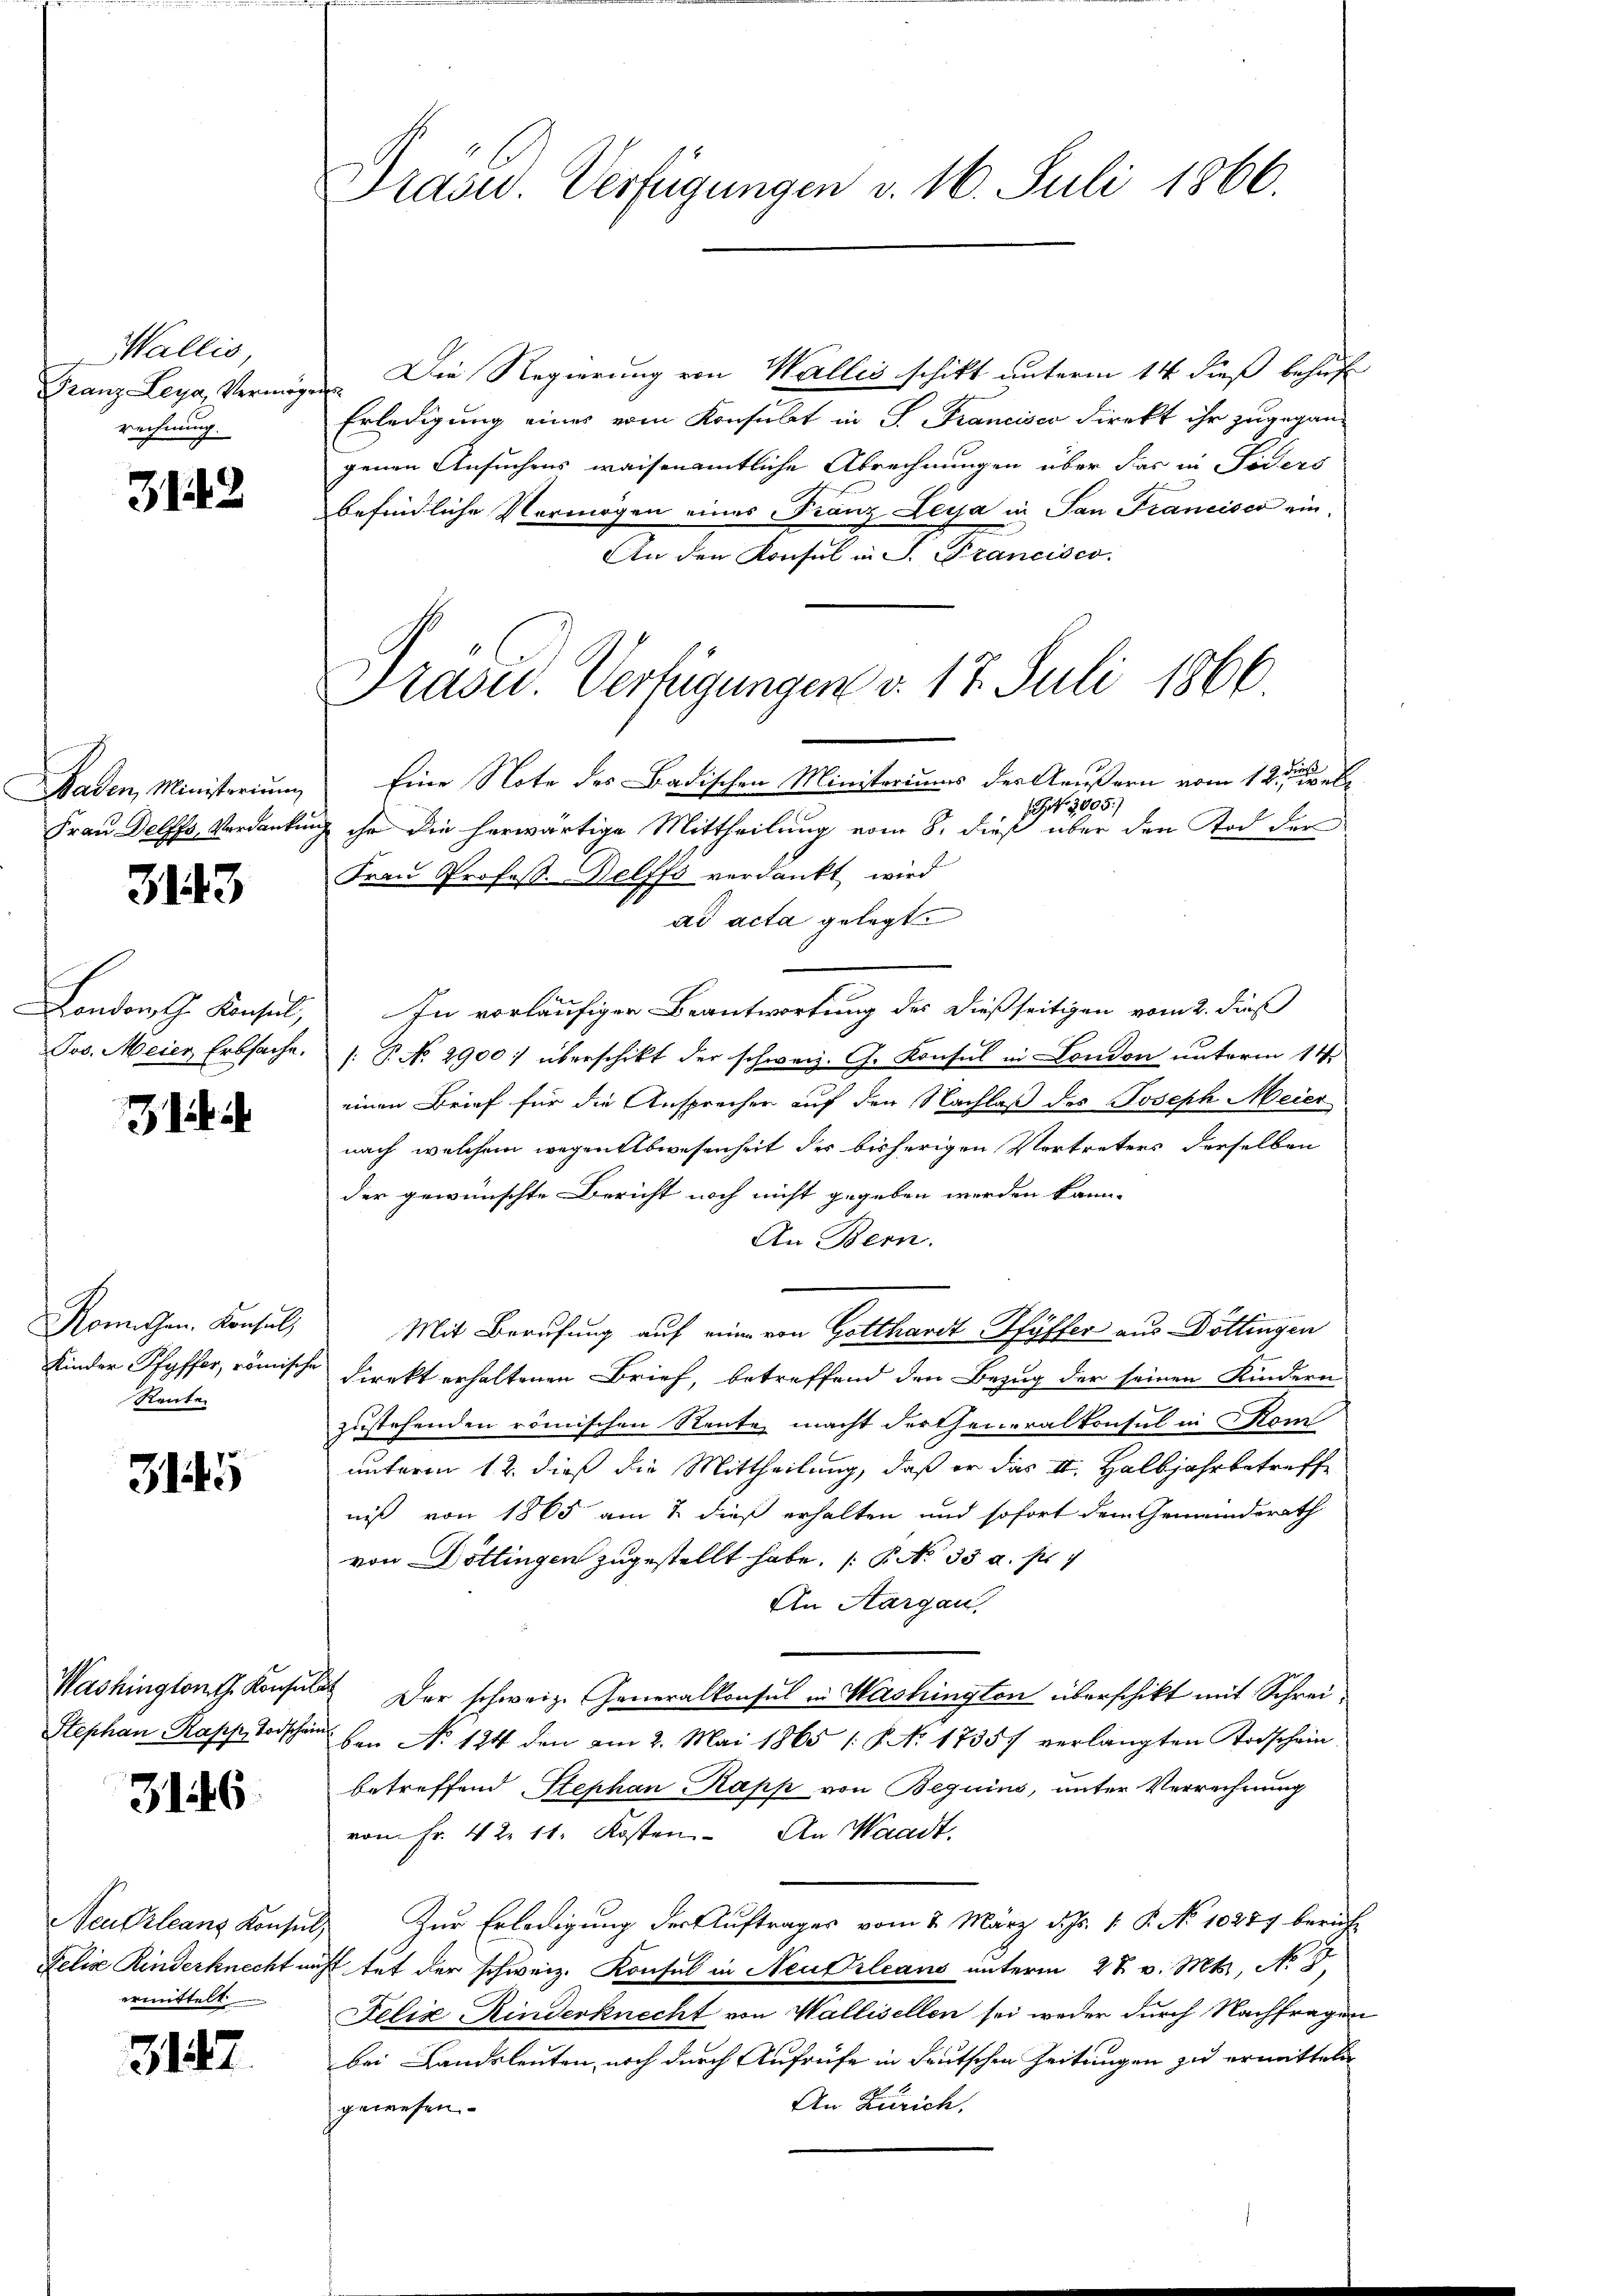
Wallis,
Franz Leya, Vermög
rechnung.

312

Baden, Ministerium
Frau Delffs, Verdanken

3143

London, G. Konsul,
Jos. Meier Erbsache.

Romischen. Konsul,
Kinder Pfyffer, römische
Rente

3145

3146.

Neu Orleans Konsul,
Felix Kinderknecht un
ermittelt

3147.

Präsid. Verfügungen v. 16. Juli 1866.

Präsid. Verfügungen a. 17. Juli 1866.

Die Regierung von Wallis schikt unterm 14 dieß behuf
t
Erledigung eines vom Konsulat in P. Francisco direkt ihr zugegan-
genen Ansuchens waisenamtliche Abrechnungen über das in Fiders
befindliche Vermögen eines Franz Leya in San Francisco ein¬
An den Konsul in S. Francisco
Eine Note des Badischen Ministeriums des Aeußern vom 12.ten be
 . 3095.)
ich ihr die herwärtige Mittheilung vom 8. dieß über den Tod der
Frau Profess. Belffs verdankt wird
ad acta gelegt.
In vorläufiger Beantwortung des dießseitigen vom 2. dieß
/: P. No. 2900. überschikt der schweiz. G. Konsul in London unterm 14.
einen Brief für die Ansprecher auf den Nachlaß des Joseph Meier
nach welchem wegentswesenheit des bisherigen Vertreters derselben
der gewünschte Bericht noch nicht gegeben werden kann.
An Bern.
Mit Berufung auf eine von Gotthardt Pfyffer aus Döttingen
Direkt erhaltenen Brief, betreffend den Bezug der seinen Kindern
zustehenden römischen Rente macht dertheneralkonsul in Kom
unterm 12. dieß die Mittheilung, daß er das II. Halbjahr betreffe
niß von 1865 am 7. dieß erhalten und sofort dem Gemeindsrath
von Döttingen zugestellt habe. (§ No 33. a. pr 1
An Aargau,
Washington Konsul der schweiz. Generalkonsul in Washington überschikt mit Schrei¬
Stephan Rapp, Todschaden No 124 den am 2. Mai 1865 1 S. No. 17357 verlangten Todschein
betreffend Stephan Kapp von Beguins, unter Verrechnung
vom Fr. 42. 11. Kosten. An Waadt.
& Zur Erledigung der Auftrages vom 2. März d. Js. v. P. No 10277 beruf-
icht tut der schweiz. Konsul in Neudrleans unterm 28. v. Mts., No 3
Felix Kinderknecht von Wallisellen sei weder durch Nachfragen
bei Landsleuten, noch durch Aufrufe in deutschen Zeitungen zu ermittel
An Zürich.
gewesen.